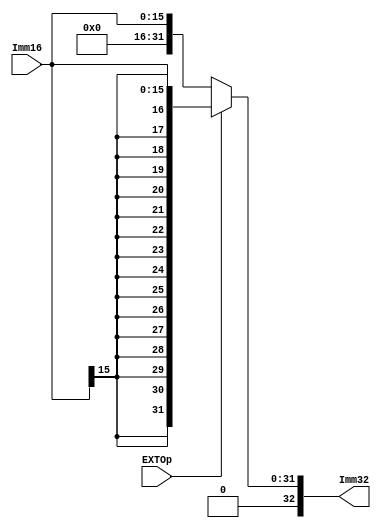
module EXT(
input	[15:0]	Imm16,
input			EXTOp,

output	[32:0]	Imm32
);

	assign Imm32 = (EXTOp) ? {{16{Imm16[15]}}, Imm16} : {16'b0, Imm16};		// signed-extension or zero extension
	
endmodule